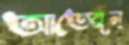
আতেবৃন্